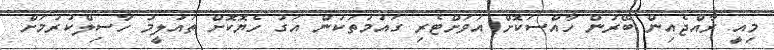
މިއީ ރާއްޖެއިން ބޭރުން ހާއްސަކޮށް އަވަށްޓެރި ގައުމުތަކުން އަގު ހެޔޮކޮށް ތައުލީމު ހާސިލްކުރުމަށް